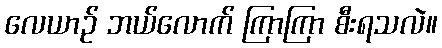
လေယာဉ် ဘယ်လောက် ကြာကြာ စီးရသလဲ။